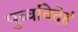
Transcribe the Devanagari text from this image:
पुव्वविदेहं